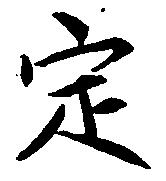
定